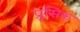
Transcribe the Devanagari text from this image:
प्रुसिक